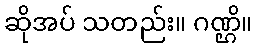
ဆိုအပ် သတည်း။ ဂဏ္ဌိ။